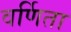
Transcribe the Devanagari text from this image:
वर्णिता